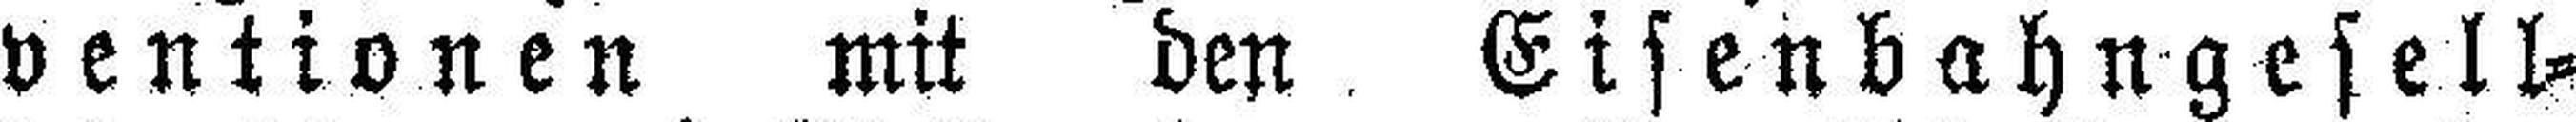
ventionen mit den Eisenbahngesell¬